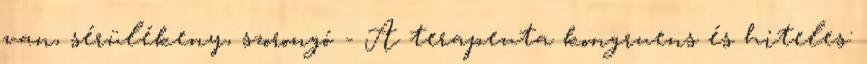
van, sérülékeny, szorongó - A terapeuta kongruens és hiteles: